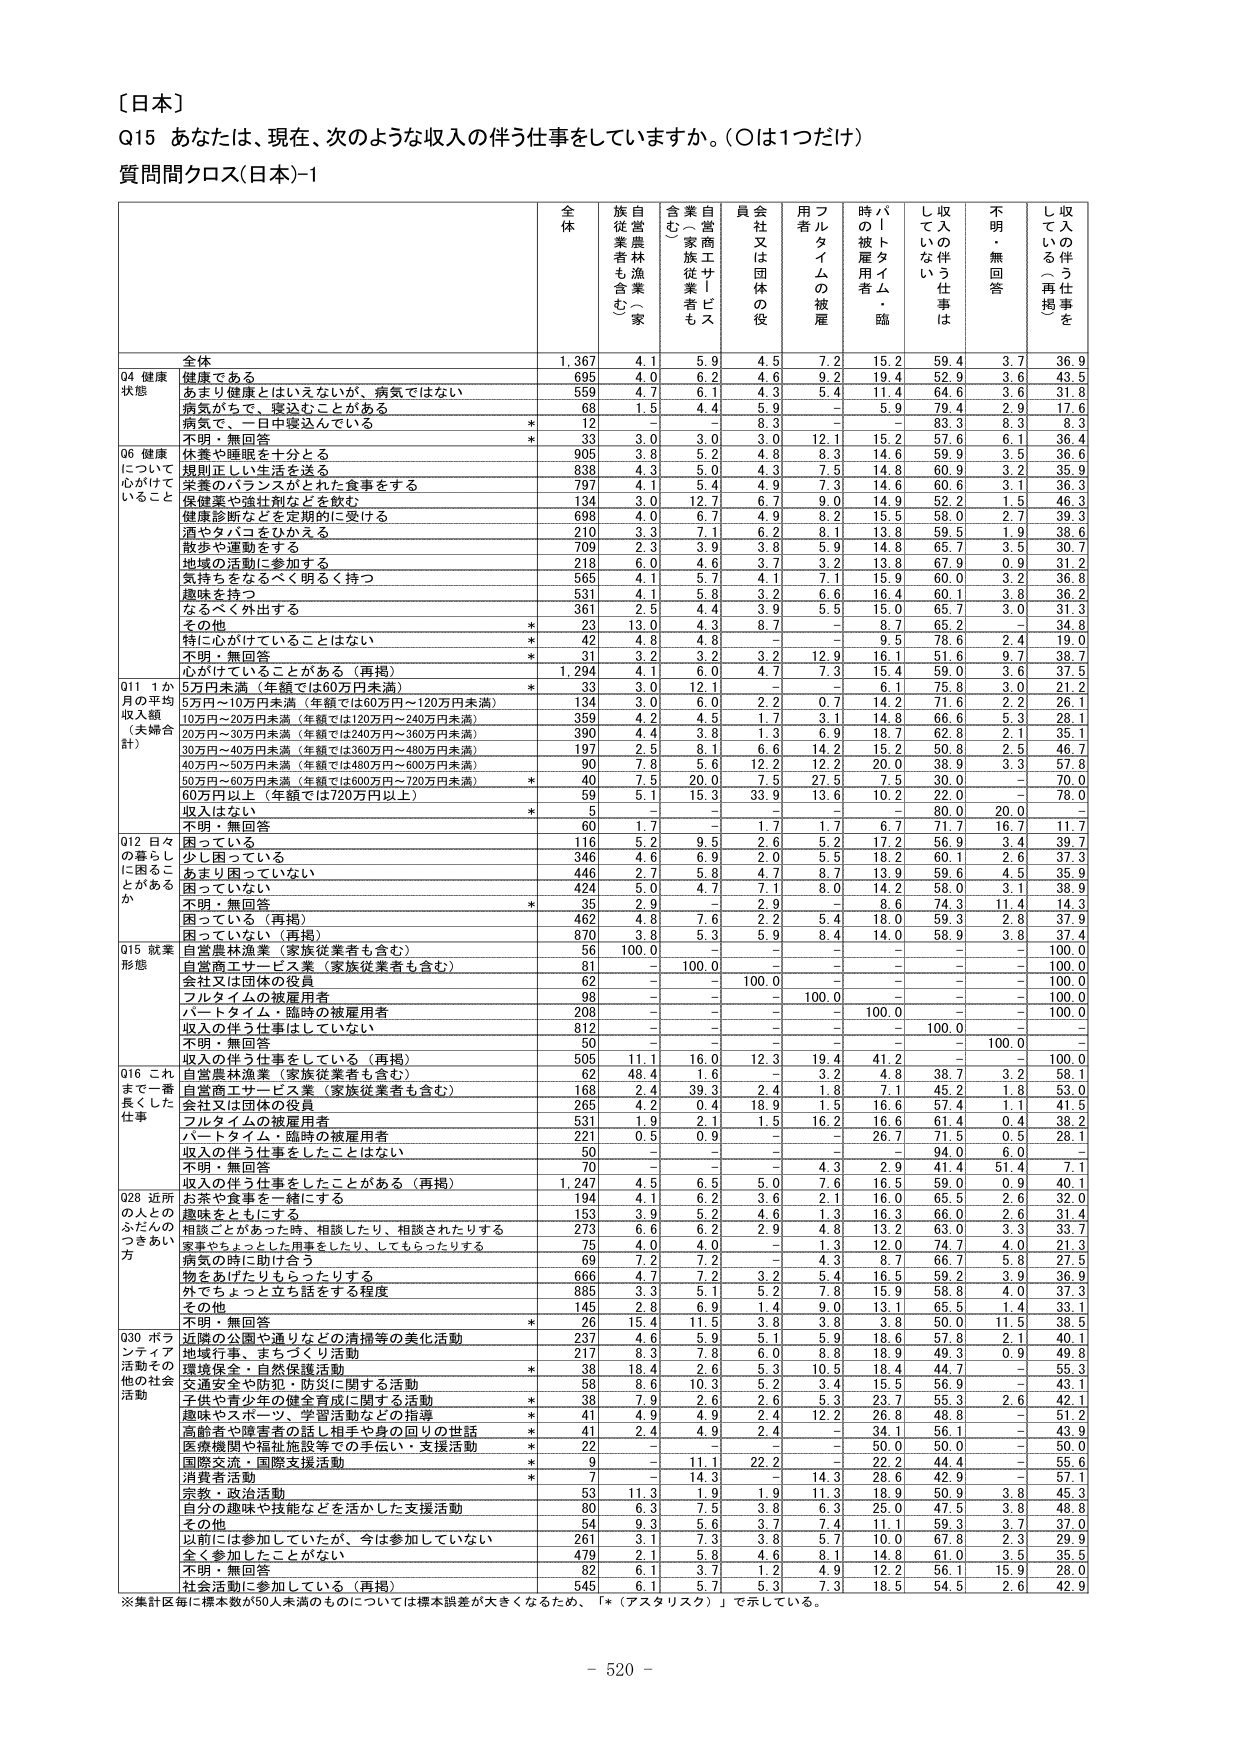
〔日本〕

Q15 あなたは、現在、次のような収入の伴う仕事をしていますか。（○は1つだけ）

質問間クロス（日本）-1

全体 族自営農林漁業（家族従業者も含む） 含む（家族従業者も含む） 自営商工サービス業 員会社又は団体の役員 フルタイムの被雇用者 パートタイム・臨時的被雇用者 収入の伴う仕事はしていない 不明・無回答 収入の伴う仕事をしている（再掲）

全体 1,367 4.1 5.9 4.5 7.2 15.2 59.4 3.7 36.9

Q4 健康状態
健康である 695 4.0 6.2 4.6 9.2 19.4 52.9 3.6 43.5
あまり健康とはいえないが、病気ではない 559 4.7 6.1 4.3 5.4 11.4 64.6 3.6 31.8
病気がちで、寝込むことがある 68 1.5 4.4 5.9 - 5.9 79.4 2.9 17.6
病気で、一日中寝込んでいる * 12 - - 8.3 - - 83.3 8.3 8.3
不明・無回答 * 33 3.0 3.0 3.0 12.1 15.2 57.6 6.1 36.4

Q6 健康について心がけていること
休養や睡眠を十分とる 905 3.8 5.2 4.8 8.3 14.6 59.9 3.5 36.6
規則正しい生活を送る 838 4.3 5.0 4.3 7.5 14.8 60.9 3.2 35.9
栄養のバランスがとれた食事をする 797 4.1 5.4 4.9 7.3 14.6 60.6 3.1 36.3
保健薬や強壮剤などを飲む 134 3.0 12.7 6.7 9.0 14.9 52.2 1.5 46.3
健康診断などを定期的に受ける 698 4.0 6.7 4.9 8.2 15.5 58.0 2.7 39.3
酒やタバコをひかえる 210 3.3 7.1 6.2 8.1 13.8 59.5 1.9 38.6
散歩や運動をする 709 2.3 3.9 3.8 5.9 14.8 65.7 3.5 30.7
地域の活動に参加する 218 6.0 4.6 3.7 3.2 13.8 67.9 0.9 31.2
気持ちをなるべく明るく持つ 565 4.1 5.7 4.1 7.1 15.9 60.0 3.2 36.8
趣味を持つ 531 4.1 5.8 3.2 6.6 16.4 60.1 3.8 36.2
なるべく外出する 361 2.5 4.4 3.9 5.5 15.0 65.7 3.0 31.3
その他 23 13.0 4.3 8.7 - 8.7 65.2 - 34.8
特に心がけていることはない * 42 4.8 4.8 - - 9.5 78.6 2.4 19.0
不明・無回答 * 31 3.2 3.2 3.2 12.9 16.1 51.6 9.7 38.7
心がけていることがある（再掲） 1,294 4.1 6.0 4.7 7.3 15.4 59.0 3.6 37.5

Q11 1か月の平均収入額（夫婦合計）
5万円未満（年額では60万円未満） * 33 3.0 12.1 - - 6.1 75.8 3.0 21.2
5万円～10万円未満（年額では60万円～120万円未満） 134 3.0 6.0 2.2 - 14.2 71.6 2.2 26.1
10万円～20万円未満（年額では120万円～240万円未満） 359 4.2 4.3 1.7 3.1 14.8 66.6 5.3 28.1
20万円～30万円未満（年額では240万円～360万円未満） 390 4.4 3.8 1.3 6.9 18.7 62.8 2.1 35.1
30万円～40万円未満（年額では360万円～480万円未満） 197 2.5 8.1 6.6 14.2 15.2 50.8 2.5 46.7
40万円～50万円未満（年額では480万円～600万円未満） 90 7.4 5.6 12.2 12.2 20.0 38.9 3.3 57.8
50万円～60万円未満（年額では600万円～720万円未満） * 40 7.5 20.0 7.5 27.5 7.5 30.0 - 70.0
60万円以上（年額では720万円以上） 59 5.1 15.3 33.9 13.6 10.2 22.0 - 78.0
収入はない * 5 - - - - - 80.0 20.0 -
不明・無回答 60 1.7 - 1.7 1.7 6.7 71.7 16.7 11.7

Q12 日々の暮らしに困ることがあるか
困っている 116 5.2 9.5 2.6 5.2 17.2 56.9 3.4 39.7
少し困っている 346 4.6 6.9 2.0 5.5 18.2 60.1 2.6 37.3
あまり困っていない 446 2.7 5.8 4.7 8.7 13.9 59.6 4.5 35.9
困っていない 424 5.0 4.7 7.1 8.0 14.2 58.0 3.1 38.9
不明・無回答 * 35 2.9 - 2.9 - 8.6 74.3 11.4 14.3
困っている（再掲） 462 4.8 7.6 2.2 5.4 18.0 59.3 2.8 37.9
困っていない（再掲） 870 3.8 5.3 5.9 8.4 14.0 58.9 3.8 37.4

Q15 就業形態
自営農林漁業（家族従業者も含む） 56 100.0 - - - - - - 100.0
自営商工サービス業（家族従業者も含む） 81 - 100.0 - - - - - 100.0
会社又は団体の役員 62 - - 100.0 - - - - 100.0
パートタイムの被雇用者 98 - - - 100.0 - - - 100.0
フルタイム・臨時の被雇用者 208 - - - - 100.0 - - 100.0
収入の伴う仕事をしていない 812 - - - - - 100.0 - -
不明・無回答 50 - - - - - - 100.0 -

Q16 これまで一番長くした仕事
収入の伴う仕事をしている（再掲） 505 11.1 16.0 12.3 19.4 41.2 - - 100.0
自営農林漁業（家族従業者も含む） 62 48.4 1.6 - 3.2 4.8 38.7 3.2 58.1
自営商工サービス業（家族従業者も含む） 168 2.4 39.3 2.4 1.8 7.1 45.2 1.8 53.0
会社又は団体の役員 265 4.2 0.4 18.9 1.5 16.6 57.4 1.1 41.5
パートタイムの被雇用者 531 1.9 2.1 1.5 16.2 16.6 61.4 0.4 38.2
フルタイム・臨時の被雇用者 221 0.5 0.9 - - 26.7 71.5 0.5 28.1
収入の伴う仕事をしたことはない 50 - - - - - 94.0 6.0 -
不明・無回答 70 - - - 4.3 2.9 41.4 51.4 7.1
収入の伴う仕事をしたことがある（再掲） 1,247 4.5 6.5 5.0 7.6 16.5 59.0 0.9 40.1

Q28 近所の人とのふれあいのつきあい方
お茶や食事を一緒にする 194 4.1 6.2 3.6 2.1 16.0 65.5 2.6 32.0
趣味をともにする 153 3.9 5.2 4.6 1.3 16.3 66.0 2.6 31.4
相談ごとがあった時、相談したり、相談されたりする 273 6.6 6.2 2.9 4.8 13.2 63.0 3.3 33.7
家事やちょっとした仕事をしたり、してもらったりする 75 4.0 4.0 - 1.3 12.0 74.7 4.0 21.3
病気の時に助け合う 69 7.2 7.2 - 4.3 8.7 66.7 5.8 27.5
物をあげたりもらったりする 666 4.7 7.2 3.2 5.4 16.5 59.2 3.9 36.9
外でちょっと立ち話をする程度 885 3.3 5.1 5.2 7.8 15.9 58.8 4.0 37.3
その他 145 2.8 6.9 1.4 9.0 13.1 65.5 1.4 38.1
不明・無回答 * 26 15.4 11.5 3.8 3.8 3.8 50.0 11.5 38.5

Q30 ボランティア活動その他の社会活動
近隣の公園や通りなどの清掃等の美化活動 237 4.6 5.9 5.1 5.9 18.6 57.8 2.1 40.1
地域行事、まちづくり活動 217 8.3 7.8 6.0 8.8 18.9 49.3 0.9 49.8
環境保全・自然保護活動 * 38 18.4 2.6 5.3 10.5 18.4 44.7 - 55.3
交通安全や防犯・防災に関する活動 58 8.6 10.3 5.2 3.4 15.5 56.9 - 43.1
子供や青少年の健全育成に関する活動 * 38 7.9 2.6 2.6 5.3 23.7 55.3 2.6 42.1
趣味やスポーツ、学習活動などの指導 * 41 4.9 4.9 2.4 12.2 26.8 48.8 - 51.2
高齢者や障害者の話し相手や身の回りの世話 * 41 2.4 4.9 2.4 - 34.1 56.1 - 43.9
医療機関や福祉施設等での手伝い・支援活動 * 22 - - - - 50.0 50.0 - 50.0
国際交流・国際支援活動 * 9 - 11.1 22.2 - 22.2 44.4 - 55.6
消費者活動 * 7 - 14.3 - 14.3 28.6 42.9 - 57.1
宗教・政治活動 53 11.3 1.9 1.9 11.3 18.9 50.9 3.8 45.3
自分の趣味や技能などを活かした支援活動 80 6.3 7.5 3.8 6.3 25.0 47.5 3.8 48.8
その他 54 9.3 5.6 3.7 7.4 11.1 59.3 3.7 37.0
以前には参加していたが、今は参加していない 261 3.1 7.3 3.8 5.7 10.0 67.8 2.3 29.9
全く参加したことがない 479 2.1 5.8 4.6 8.1 14.8 61.0 3.5 35.5
不明・無回答 82 6.1 3.7 1.2 4.9 12.2 56.1 15.9 28.0
社会活動に参加している（再掲） 545 6.1 5.7 5.3 7.3 18.5 54.5 2.6 42.9

※集計区毎に標本数が50人未満のものについては標本誤差が大きくなるため、「*（アスタリスク）」で示している。

- 520 -